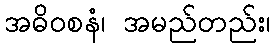
အဓိဝစနံ၊ အမည်တည်း၊